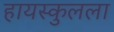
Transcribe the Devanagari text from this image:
हायस्कुलला